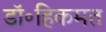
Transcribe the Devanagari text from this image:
डॉ॰हिकमत